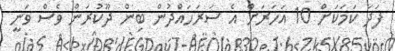
ފަދަ ކަމަކަށް 10 އަހަރަށް އެ ސަރަހައްދުން ބިން ދޫކުރަން ވެސް ވަނީ